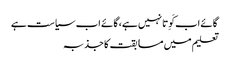
گائے اب کَوِتا نہیں ہے، گائے اب سیاست ہے
تعلیم میں مسابقت کا جذبہ